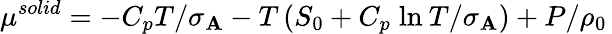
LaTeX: \mu^{solid}=-C_{p}T/\sigma_{\mathbf{A}}-T\left(S_{0}+C_{p}\; \mathrm{{ln}}\: T/\sigma_{\mathbf{A}}\right)+P/\rho_{0}\,